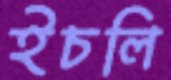
ইচলি